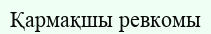
Қармақшы ревкомы